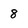
Character: 8